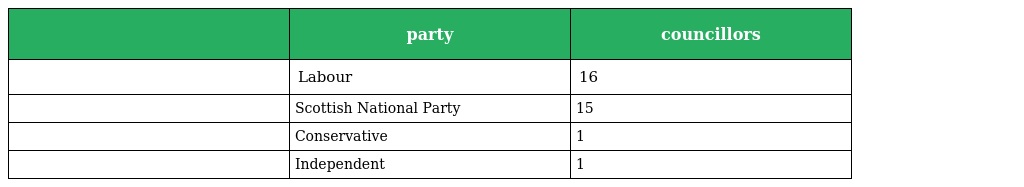
|  | party | councillors |
 | --- | --- | --- |
 |  | Labour | 16 |
 |  | Scottish National Party | 15 |
 |  | Conservative | 1 |
 |  | Independent | 1 |